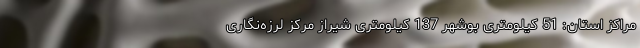
مراکز استان: 51 کیلومتری بوشهر 137 کیلومتری شيراز مرکز لرزه‌نگاری